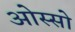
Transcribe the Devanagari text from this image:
ओस्सो